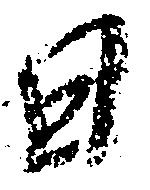
日